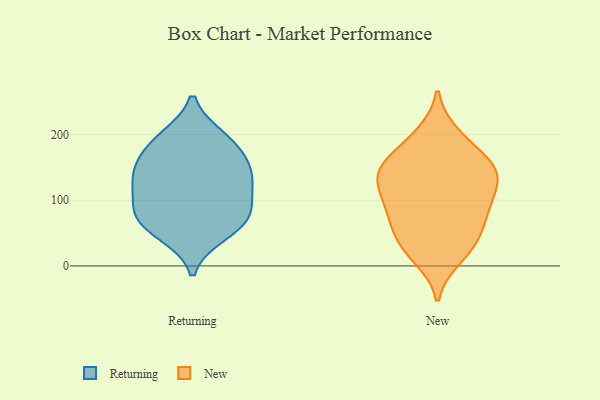
{"axis": {"x": "Temperature (°C)", "y": "Value"}, "legend": ["New", "Returning"], "data": [{"x": "", "y": 106, "type": "Returning"}, {"x": "", "y": 147, "type": "Returning"}, {"x": "", "y": 59, "type": "Returning"}, {"x": "", "y": 190, "type": "Returning"}, {"x": "", "y": 195, "type": "Returning"}, {"x": "", "y": 72, "type": "Returning"}, {"x": "", "y": 49, "type": "Returning"}, {"x": "", "y": 140, "type": "Returning"}, {"x": "", "y": 141, "type": "Returning"}, {"x": "", "y": 87, "type": "Returning"}, {"x": "", "y": 179, "type": "Returning"}, {"x": "", "y": 128, "type": "Returning"}, {"x": "", "y": 78, "type": "Returning"}, {"x": "", "y": 13, "type": "New"}, {"x": "", "y": 154, "type": "New"}, {"x": "", "y": 26, "type": "New"}, {"x": "", "y": 96, "type": "New"}, {"x": "", "y": 200, "type": "New"}, {"x": "", "y": 165, "type": "New"}, {"x": "", "y": 98, "type": "New"}, {"x": "", "y": 83, "type": "New"}, {"x": "", "y": 196, "type": "New"}, {"x": "", "y": 142, "type": "New"}, {"x": "", "y": 52, "type": "New"}, {"x": "", "y": 130, "type": "New"}, {"x": "", "y": 24, "type": "New"}, {"x": "", "y": 134, "type": "New"}, {"x": "", "y": 151, "type": "New"}, {"x": "", "y": 92, "type": "New"}, {"x": "", "y": 150, "type": "New"}, {"x": "", "y": 126, "type": "New"}, {"x": "", "y": 49, "type": "New"}, {"x": "", "y": 66, "type": "New"}]}